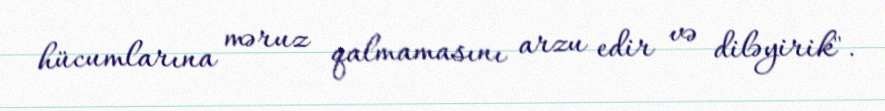
hücumlarına məruz qalmamasını arzu edir və diləyirik".